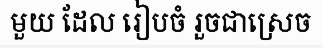
មួយ ដែល រៀបចំ រួចជាស្រេច